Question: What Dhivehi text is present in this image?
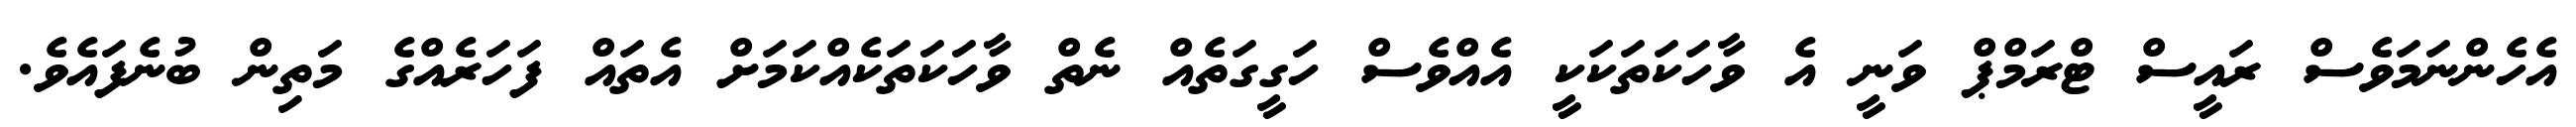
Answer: އެހެންނަމަވެސް ރައީސް ޓްރަމްޕް ވަނީ އެ ވާހަކަތަކަކީ އެއްވެސް ހަގީގަތެއް ނެތް ވާހަކަތަކެއްކަމަށް އެތައް ފަހަރެއްގެ މަތިން ބުނެފައެވެ.